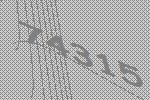
74315